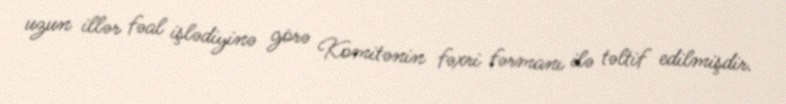
uzun illər fəal işlədiyinə görə Komitənin fəxri fərmanı ilə təltif edilmişdir.